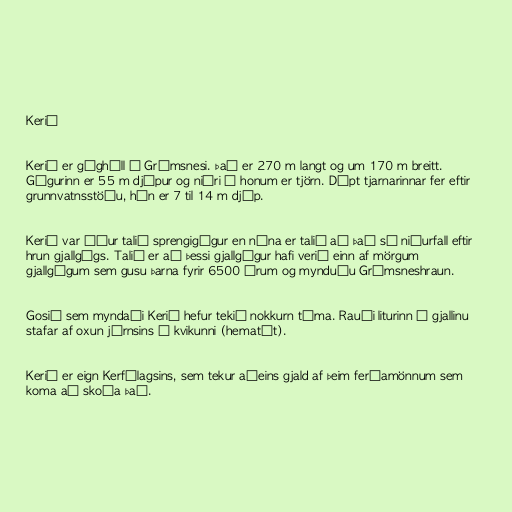
Kerið

Kerið er gíghóll í Grímsnesi. Það er 270 m langt og um 170 m breitt.
Gígurinn er 55 m djúpur og niðri í honum er tjörn. Dýpt tjarnarinnar fer eftir
grunnvatnsstöðu, hún er 7 til 14 m djúp.

Kerið var áður talið sprengigígur en núna er talið að það sé niðurfall eftir
hrun gjallgígs. Talið er að þessi gjallgígur hafi verið einn af mörgum
gjallgígum sem gusu þarna fyrir 6500 árum og mynduðu Grímsneshraun.

Gosið sem myndaði Kerið hefur tekið nokkurn tíma. Rauði liturinn á gjallinu
stafar af oxun járnsins í kvikunni (hematít).

Kerið er eign Kerfélagsins, sem tekur aðeins gjald af þeim ferðamönnum sem
koma að skoða það.